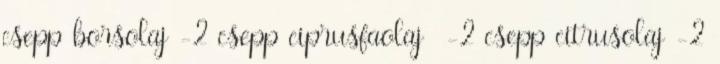
csepp borsolaj -2 csepp ciprusfaolaj -2 csepp citrusolaj -2